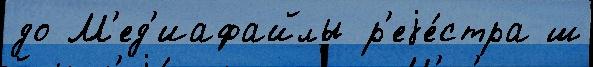
до М'ед'иафайлы р'еjе́стра ш